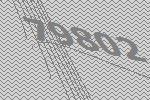
79802